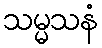
သမ္မသနံ